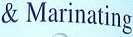
& Marinating